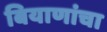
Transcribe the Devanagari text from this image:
बियाणांचा